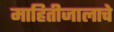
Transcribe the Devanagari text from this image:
माहितीजालाचे